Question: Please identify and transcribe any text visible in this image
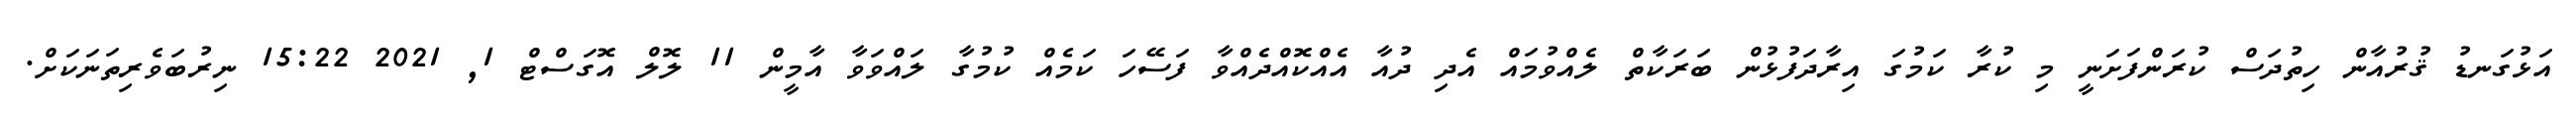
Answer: އަޅުގަނޑު ޤުރުއާން ހިތުދަސް ކުރަންފަށަނީ މި ކުރާ ކަމުގަ އިރާދަފުޅުން ބަރަކާތް ލެއްވުމައް އެދި ދުއާ އެއްކޮއްދެއްވާ ފަސޭހަ ކަމެއް ކުމުގާ ލައްވަވާ އާމީން 11 ލޮލް އޮގަސްޓް 1, 2021 15:22 ނިރުބަވެރިތަނަކަށް.